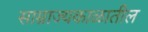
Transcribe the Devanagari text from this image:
साम्राज्यकाळातील